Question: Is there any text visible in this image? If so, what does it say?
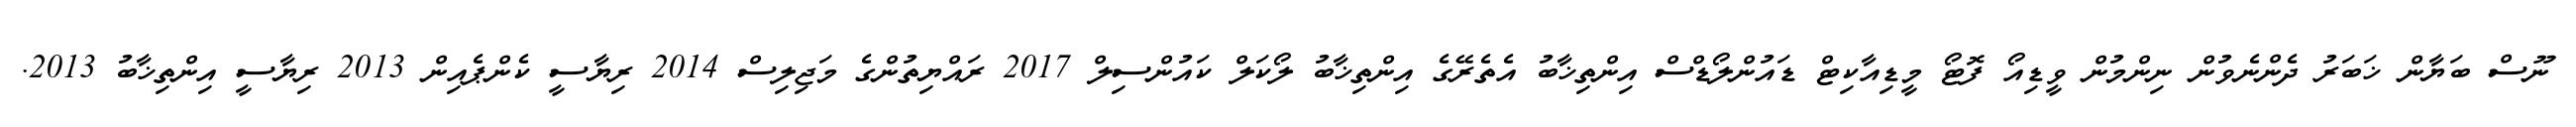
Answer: ނޫސް ބަޔާން ޚަބަރު ދެންނެވުން ނިންމުން ވީޑިއޯ ފޮޓޯ މީޑިއާކިޓް ޑައުންލޯޑްސް އިންތިޚާބު އެތެރޭގެ އިންތިޚާބު ލޯކަލް ކައުންސިލް 2017 ރައްޔިތުންގެ މަޖިލިސް 2014 ރިޔާސީ ކެންޕެއިން 2013 ރިޔާސީ އިންތިޚާބު 2013.